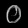
Digit: ၀